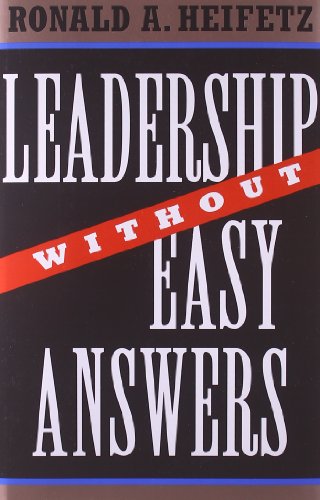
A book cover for Leadership Without Easy Answers; Ronald Heifetz; Politics & Social Sciences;